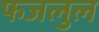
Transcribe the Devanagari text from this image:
फजलुल